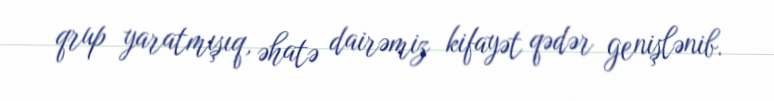
qrup yaratmışıq, əhatə dairəmiz kifayət qədər genişlənib.